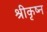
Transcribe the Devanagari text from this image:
श्रीकृष्न